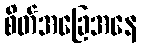
စိတ်အခြေအနေ